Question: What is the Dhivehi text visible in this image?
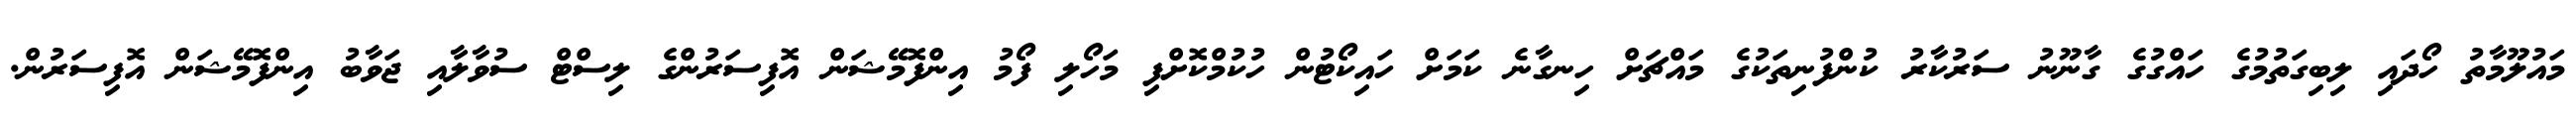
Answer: މައުލޫމާތު ހޯދައި ލިބިގަތުމުގެ ހައްގުގެ ގާނޫނު ސަރުކާރު ކުންފުނިތަކުގެ މައްޗަށް ހިނގާނެ ކަމަށް ހައިކޯޓުން ހުކުމްކޮށްފި މަހޯލި ފޯމު އިންފޮމޭޝަން އޮފިސަރުންގެ ލިސްޓް ސުވާލާއި ޖަވާބު އިންފޮމޭޝަން އޮފިސަރުން.